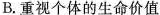
B.重视个体的生命价值